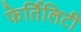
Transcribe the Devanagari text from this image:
फेर्तिलिटी